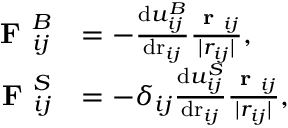
\begin{array} { r l } { \textbf { F } _ { i j } ^ { B } } & { = - \frac { \mathrm { d } u _ { i j } ^ { B } } { \mathrm { d r } _ { i j } } \frac { \textbf { r } _ { i j } } { | r _ { i j } | } , } \\ { \textbf { F } _ { i j } ^ { S } } & { = - \delta _ { i j } \frac { \mathrm { d } u _ { i j } ^ { S } } { \mathrm { d r } _ { i j } } \frac { \textbf { r } _ { i j } } { | r _ { i j } | } , } \end{array}